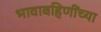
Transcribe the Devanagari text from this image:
भावाबहिणींच्या